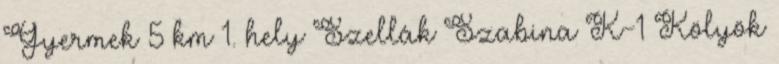
Gyermek 5 km 1. hely Szellák Szabina K-1 Kölyök